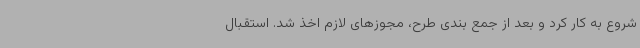
شروع به کار کرد و بعد از جمع بندی طرح، مجوزهای لازم اخذ شد. استقبال